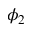
\phi _ { 2 }